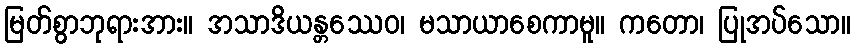
မြတ်စွာဘုရားအား။ အသာဒိယန္တဿေဝ၊ မသာယာစေကာမူ။ ကတော၊ ပြုအပ်သော။